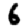
Digit: 6